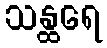
သန္ထရေ